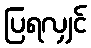
ပြရလျှင်